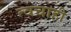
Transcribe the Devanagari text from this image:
त्वचाही